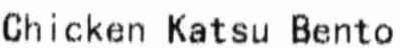
CHICKEN KATSU BENTO